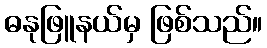
ဓနုဖြူနယ်မှ ဖြစ်သည်။